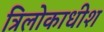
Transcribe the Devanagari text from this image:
त्रिलोकाधीश